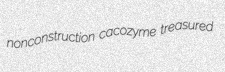
nonconstruction cacozyme treasured